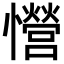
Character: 𢥏